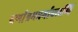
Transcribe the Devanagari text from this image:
वर्णाश्रमधर्मावलम्वि